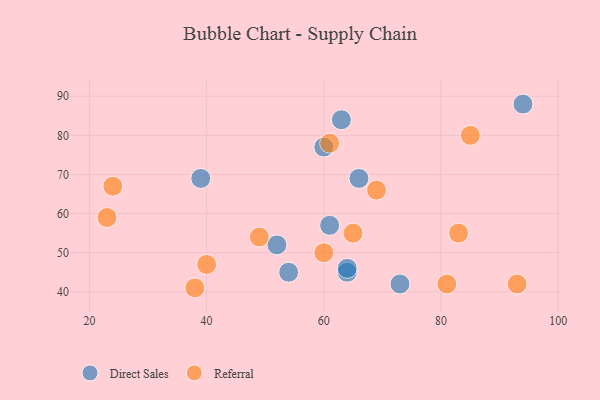
{"axis": {"x": "GDP", "y": "Life Expectancy"}, "legend": ["Direct Sales", "Referral"], "data": [{"x": "60", "y": 77, "type": "Direct Sales"}, {"x": "39", "y": 69, "type": "Direct Sales"}, {"x": "73", "y": 42, "type": "Direct Sales"}, {"x": "63", "y": 84, "type": "Direct Sales"}, {"x": "52", "y": 52, "type": "Direct Sales"}, {"x": "66", "y": 69, "type": "Direct Sales"}, {"x": "64", "y": 45, "type": "Direct Sales"}, {"x": "64", "y": 46, "type": "Direct Sales"}, {"x": "54", "y": 45, "type": "Direct Sales"}, {"x": "94", "y": 88, "type": "Direct Sales"}, {"x": "61", "y": 57, "type": "Direct Sales"}, {"x": "61", "y": 78, "type": "Referral"}, {"x": "24", "y": 67, "type": "Referral"}, {"x": "81", "y": 42, "type": "Referral"}, {"x": "85", "y": 80, "type": "Referral"}, {"x": "60", "y": 50, "type": "Referral"}, {"x": "40", "y": 47, "type": "Referral"}, {"x": "93", "y": 42, "type": "Referral"}, {"x": "38", "y": 41, "type": "Referral"}, {"x": "49", "y": 54, "type": "Referral"}, {"x": "69", "y": 66, "type": "Referral"}, {"x": "83", "y": 55, "type": "Referral"}, {"x": "23", "y": 59, "type": "Referral"}, {"x": "65", "y": 55, "type": "Referral"}]}